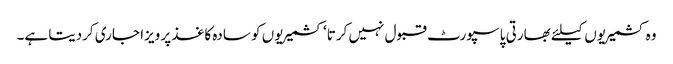
وہ کشمیریوں کیلئے بھارتی پاسپورٹ قبول نہیں کرتا‘ کشمیریوں کو سادہ کاغذ پر ویزا جاری کردیتا ہے۔